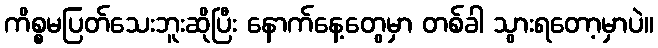
ကိစ္စမပြတ်သေးဘူးဆိုပြီး နောက်နေ့တွေမှာ တစ်ခါ သွားရတော့မှာပဲ။